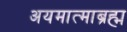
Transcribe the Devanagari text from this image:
अयमात्माब्रह्म